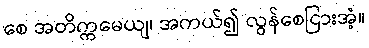
စေ အတိက္ကမေယျ၊ အကယ်၍ လွန်စေငြားအံ့။